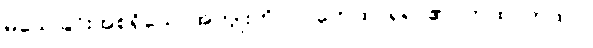
မသေခြင်းအစရှိသောအကျိုးကို။ လဘေထ၊ ရရာ၏။ တထာတထာ၊